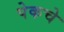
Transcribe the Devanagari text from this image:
पेकचे